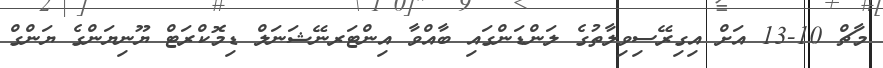
މާޗް 10-13 އަށް އިގިރޭސިވިލާތުގެ ލަންޑަންގައި ބާއްވާ އިންޓަރނޭޝަނަލް ޑިމޮކްރަޓް ޔޫނިޔަންގެ ޔަންގް